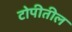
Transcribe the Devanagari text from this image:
टोपीतील